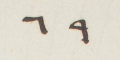
٦٩